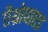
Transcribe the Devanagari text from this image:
ऐंथ्रोपाएड